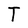
Character: T